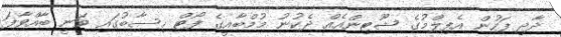
ދާދި ފަހުން އެފިލްމުގެ ޝޫޓިންއެއް ދެކުނު މުމްބާއީގެ ފޯޓް ހިސާބުގައި ވަނީ ބާއްވާފަ